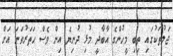
ޖަލުތަކުގައި ތިބި މީހުންގެ އާބާދީ މުޅި ދުނިޔެ އިން ވެސް ހަތަރުވަނަ އަށް